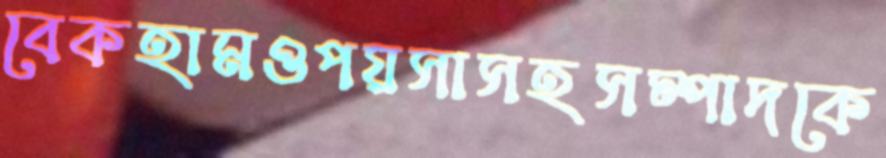
বেকহামওপয়সাসহসম্পাদকে